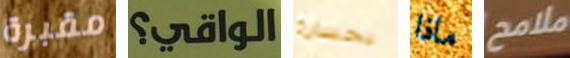
مقبرة الواقي؟ بخسارة ماذا ملامح